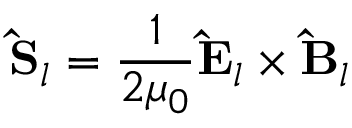
\mathbf { \hat { S } } _ { l } = \frac { 1 } { 2 \mu _ { 0 } } \mathbf { \hat { E } } _ { l } \times \mathbf { \hat { B } } _ { l }